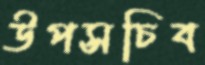
উপসচিব